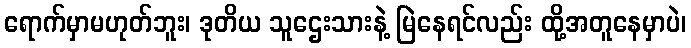
ရောက်မှာမဟုတ်ဘူး၊ ဒုတိယ သူဌေးသားနဲ့ မြဲနေရင်လည်း ထို့အတူနေမှာပဲ၊